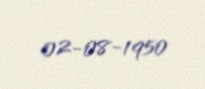
02-08-1950